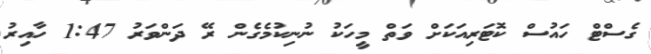
ގެސްޓް ހައުސް ކޮޓަރިއަކަށް ވަތް މީހަކު ނުނިކުމެގެން ރޭ ދަންވަރު 1:47 ހާއިރު